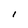
Character: I